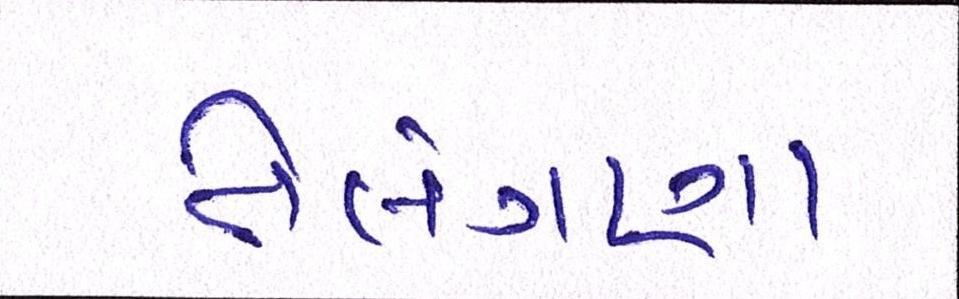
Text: તેલંગણા